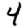
Digit: 4